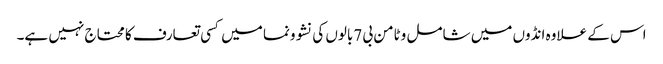
اس کے علاوہ انڈوں میں شامل وٹامن بی 7بالوں کی نشوونما میں کسی تعارف کا محتاج نہیں ہے۔